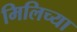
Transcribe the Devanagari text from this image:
मिलिच्या